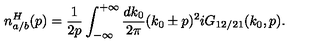
n _ { a / b } ^ { H } ( p ) = \frac { 1 } { 2 p } \int _ { - \infty } ^ { + \infty } \frac { d k _ { 0 } } { 2 \pi } ( k _ { 0 } \pm p ) ^ { 2 } i G _ { 1 2 / 2 1 } ( k _ { 0 } , p ) .